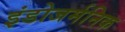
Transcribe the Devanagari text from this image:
इंडोजर्मनिक